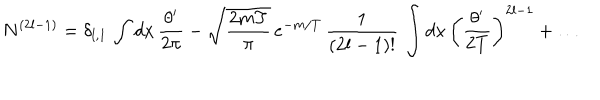
N ^ { ( 2 l - 1 ) } = \delta _ { l , 1 } \, \int d x \, \frac { \theta ^ { \prime } } { 2 \pi } - \sqrt { \frac { 2 m T } { \pi } } \, e ^ { - m / T } \, \frac { 1 } { ( 2 l - 1 ) ! } \, \int d x \, \left( \frac { \theta ^ { \prime } } { 2 T } \right) ^ { 2 l - 1 } + \dots